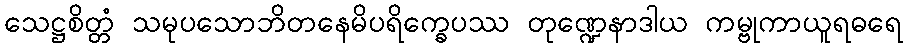
သေဋ္ဌစိတ္တံ သမုပသောဘိတနေမိပရိက္ခေပဿ တုဏ္ဍေနာဒါယ ကမ္ဗုကာယူရဓရေ